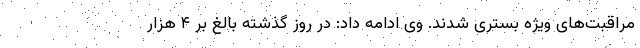
مراقبت‌های ویژه بستری شدند. وی ادامه داد: در روز گذشته بالغ بر ۴ هزار